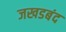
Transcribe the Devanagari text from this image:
जखडबंद